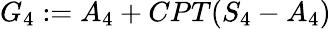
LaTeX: \begin{array}{r}{G_{4}:=A_{4}+CPT(S_{4}-A_{4})}\end{array}